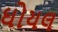
ઘોયલ